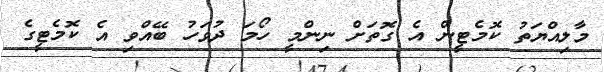
މާލިއްޔަތު ކޮމެޓީން އެ ގޮތަށް ނިންމީ ހޯމަ ދުވަހު ބޭއްވި އެ ކޮމެޓީގެ